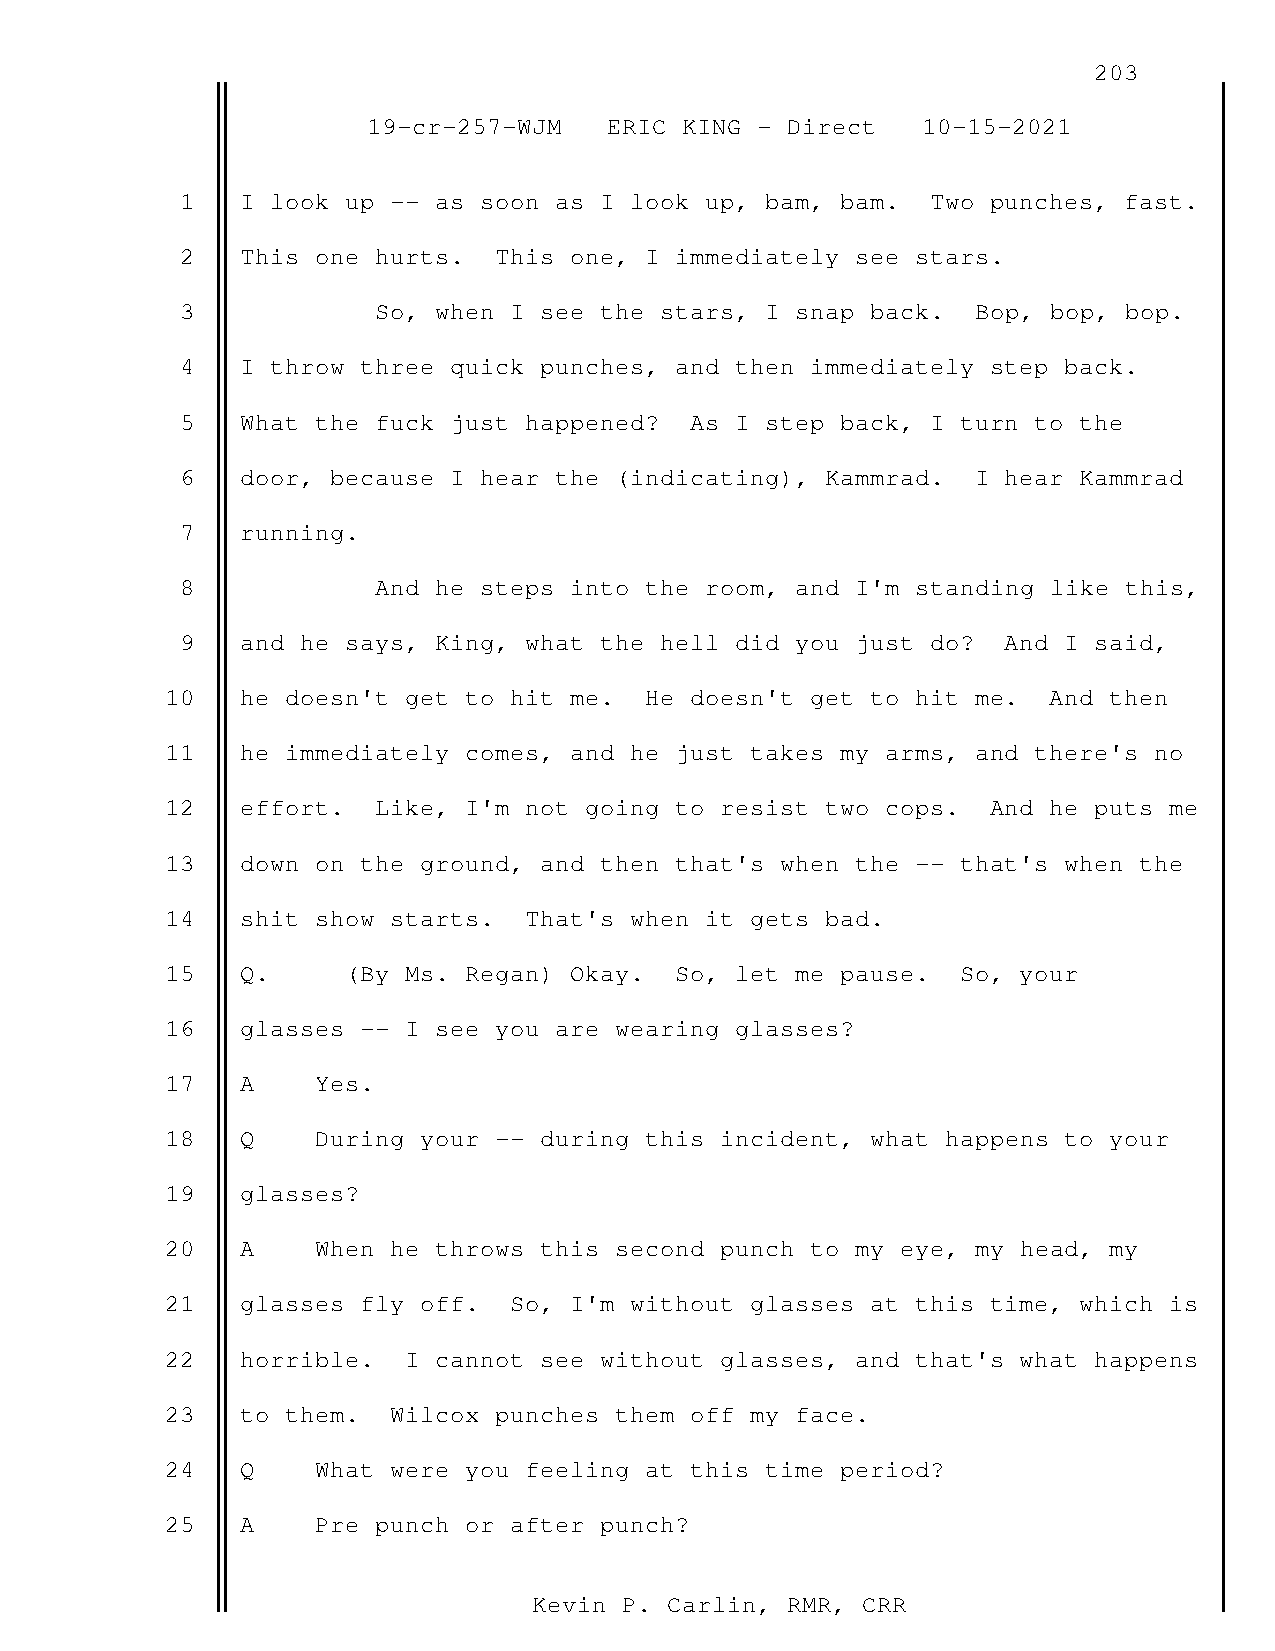
203
 19-cr-257-WJM   ERIC KING - Direct   10-15-2021
 1   I look up -- as soon as I look up, bam, bam.  Two punches, fast.
 2   This one hurts.  This one, I immediately see stars.
 3            So, when I see the stars, I snap back.  Bop, bop, bop.
 4   I throw three quick punches, and then immediately step back.
 5   What the fuck just happened?  As I step back, I turn to the
 6   door, because I hear the (indicating), Kammrad.  I hear Kammrad
 7   running.
 8            And he steps into the room, and I'm standing like this,
 9   and he says, King, what the hell did you just do?  And I said,
 10   he doesn't get to hit me.  He doesn't get to hit me. And then
 11   he immediately comes, and he just takes my arms, and there's no
 12   effort.  Like, I'm not going to resist two cops.  And he puts me
 13   down on the ground, and then that's when the -- that's when the
 14   shit show starts.  That's when it gets bad.
 15   Q.     (By Ms. Regan) Okay.  So, let me pause.  So, your
 16   glasses -- I see you are wearing glasses?
 17   A    Yes.
 18   Q    During your -- during this incident, what happens to your
 19   glasses?
 20   A    When he throws this second punch to my eye, my head, my
 21   glasses fly off.  So, I'm without glasses at this time, which is
 22   horrible.  I cannot see without glasses, and that's what happens
 23   to them.  Wilcox punches them off my face.
 24   Q    What were you feeling at this time period?
 25   A    Pre punch or after punch?
 Kevin P. Carlin, RMR, CRR